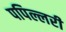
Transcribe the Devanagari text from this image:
पपिल्लरी